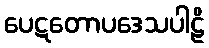
ပေဋတောပဒေသပါဠိ